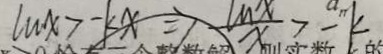
\ln x > - k x \Rightarrow \frac { \ln x } { x } > - k